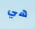
هي